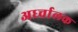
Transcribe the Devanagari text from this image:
अर्ध्चालक